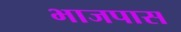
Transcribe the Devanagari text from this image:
भाजपास